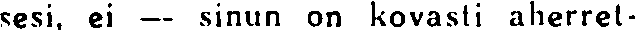
sesi, ei —— sinun on kovasti aherret-